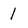
Character: 1